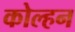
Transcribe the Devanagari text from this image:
कोल्हन